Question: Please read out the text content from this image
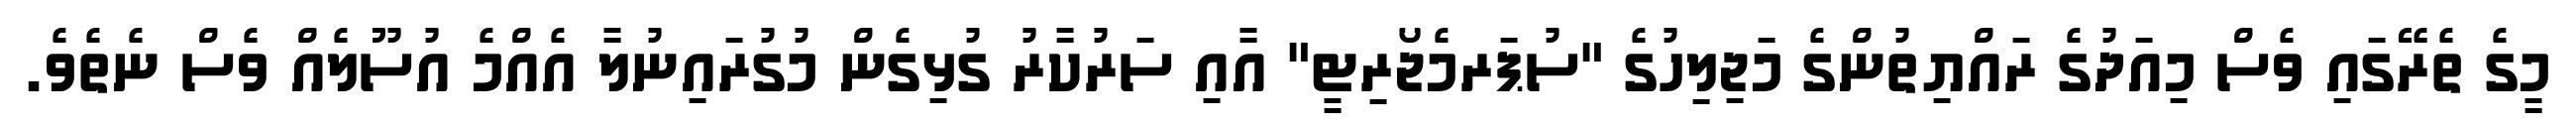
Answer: މީގެ ތެރޭގައި ވެސް މިއަދުގެ ރައްޔިތުންގެ މަޖިލިހުގެ "ސުޕަރމެޖޯރިޓީ" އާއި ސަރުކާރު ގުޅިގެން މުގުރައިނުލާ އެއްމެ އުސޫލެއް ވެސް ނެތެވެ.